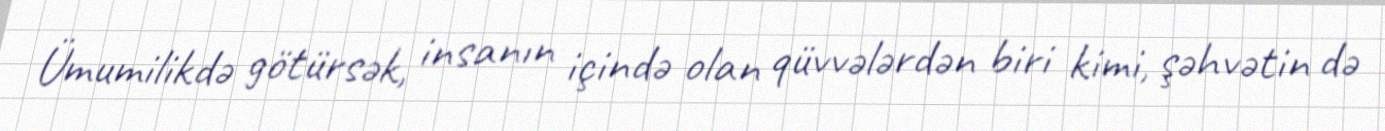
Ümumilikdə götürsək, insanın içində olan qüvvələrdən biri kimi, şəhvətin də